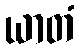
ယာတံ